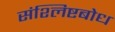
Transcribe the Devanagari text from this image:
संश्लिष्टबोध